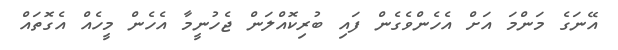
އޭނަގެ މަންމަ އަށް އެހެންވެގެން ފައި ބުރިކޮއްލަން ޖެހުނީމާ އެހެން މީހެއް އެގޮތައް